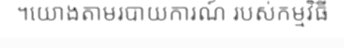
។យោងតាមរបាយការណ៍ របស់កម្មវិធី